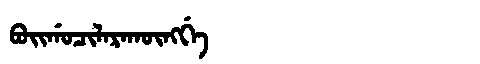
Manchu: ᠪᠣᡳᡤᠣᠴᡳᠯᠠᡵᠠᡴᡡᠩᡤᡝ
Romanization: BOIGOCILARAKŪNGGE